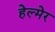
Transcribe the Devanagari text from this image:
हेल्मेर